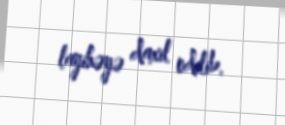
layihəyə daxil edilib.